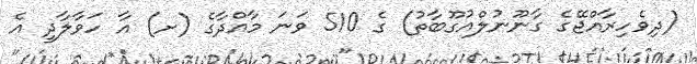
(ދިވެހިރާއްޖޭގެ ގާނޫނުލްއުގޫބާތު) ގެ 510 ވަނަ މާއްދާގެ (ށ) އާ ހަވާލާދީ އެ